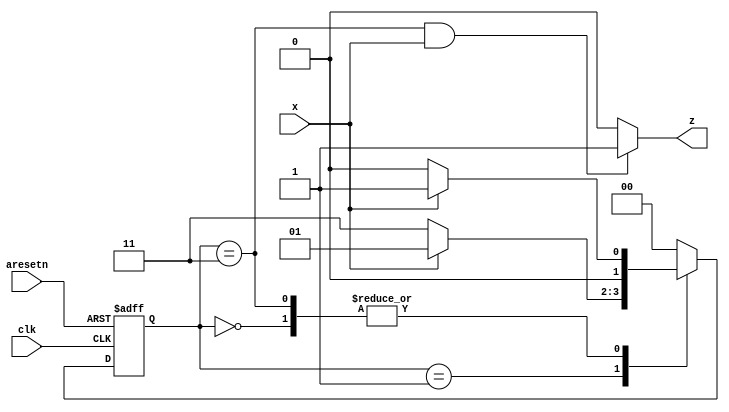
module top_module (
    input clk,
    input aresetn,
    input x,
    output z
); 
    parameter s0 = 2'b00,
              s1 = 2'b01,
              s2 = 2'b11;
    reg [1:0] state,next_state;

    always @(*) begin
        case (state)
            s0: if (x == 1'b1) begin
                    next_state = s1;
                end
                else begin
                    next_state = s0;
                end
            s1: if (x == 1'b1) begin
                    next_state = s1;
                end
                else begin
                    next_state = s2;
                end
            s2: if (x == 1'b1) begin
                    next_state = s1;
                end
                else begin
                    next_state = s0;
                end
            default: next_state = s0;
        endcase
    end

    always @(posedge clk or negedge aresetn) begin
        if(!aresetn) begin
            state <= s0;
        end
        else begin
            state <= next_state;
        end
    end

    always @(*) begin
        if (state == s2 && x == 1'b1) begin
            z = 1'b1;
        end
        else begin
            z = 1'b0;
        end
    end

endmodule